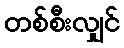
တစ်စီးလျှင်